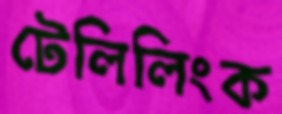
টেলিলিংক